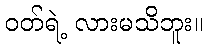
ဝတ်ရဲ့ လားမသိဘူး။